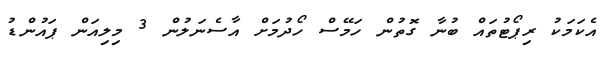
އެކަމަކު ރިޕޯޓުތައް ބުނާ ގޮތުން ހަމޭސް ހޯދުމަށް އާސެނަލުން 3 މިލިއަން ޕައުންޑު